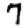
Digit: 7